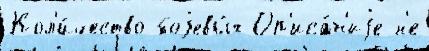
Кол'и́чество боjевы́х Оп'иса́н'иjе н'е